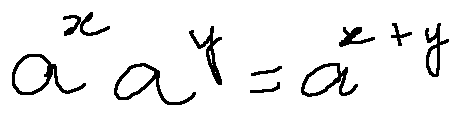
a ^ { x } a ^ { y } = a ^ { x + y }